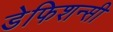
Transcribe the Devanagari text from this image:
डेफिशन्सी